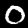
Digit: 0